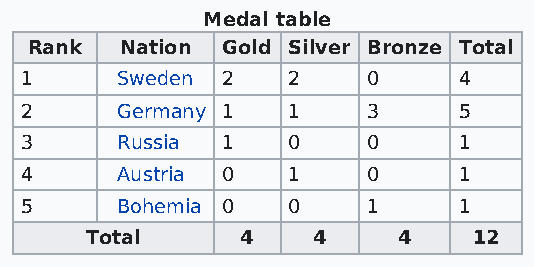
Medal table
 Rank  Nation Gold Silver Bronze Total
 1      Sweden 2   2    0     4
 2      Germany 1  1    3     5
 3      Russia 1   0    0     1
 4      Austria 0  1    0     1
 5      Bohemia 0  0    1     1
 Total     4    4    4    12